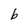
Character: b